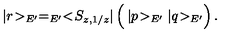
| r \! > _ { E ^ { \prime } } = _ { E ^ { \prime } } < \! S _ { z , 1 / z } | \left( \frac { } { } | p \! > _ { E ^ { \prime } } | q \! > _ { E ^ { \prime } } \right) .